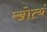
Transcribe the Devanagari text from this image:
खोत्यं